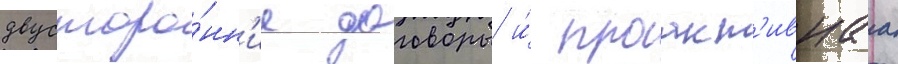
двусторо́нн'ие договоры и́ проакт'ивнаа